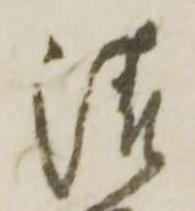
清